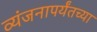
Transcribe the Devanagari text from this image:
व्यंजनापर्यंतच्या